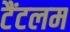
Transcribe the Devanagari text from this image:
टैंटलम